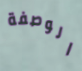
الوصفة